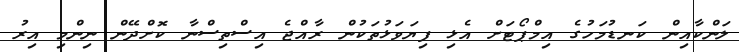
ލަންކާއިން ކަނޑުމަހުގެ އިމްޕޯޓަށް އެޅި ފިޔަވަޅުތަކުން ރާއްޖެ އިސްތިސްނާ ކޮށްދޭން ނިންމި އިރު